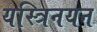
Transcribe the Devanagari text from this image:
यस्त्रिनयन